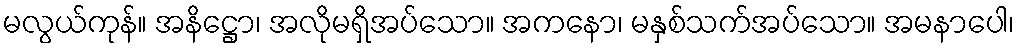
မလွယ်ကုန်။ အနိဋ္ဌော၊ အလိုမရှိအပ်သော။ အကနော၊ မနှစ်သက်အပ်သော။ အမနာပေါ၊